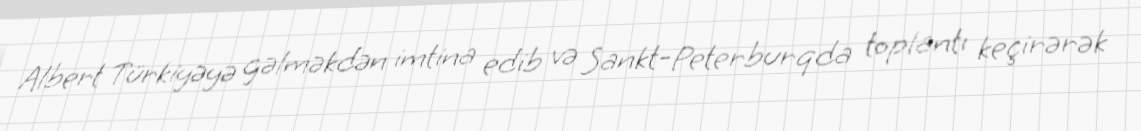
Albert Türkiyəyə gəlməkdən imtina edib və Sankt-Peterburqda toplantı keçirərək